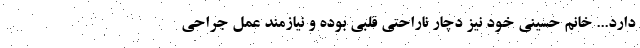
دارد... خانم حسینی خود نیز دچار ناراحتی قلبی بوده و نیازمند عمل جراحی